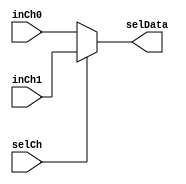
module mux (
	input selCh, 
	input [31:0] inCh0, 
	input [31:0] inCh1, 
	output [31:0] selData
);

	assign selData = selCh == 0 ? inCh0 :
			  selCh == 1 ? inCh1 : 0;

endmodule